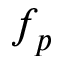
f _ { p }